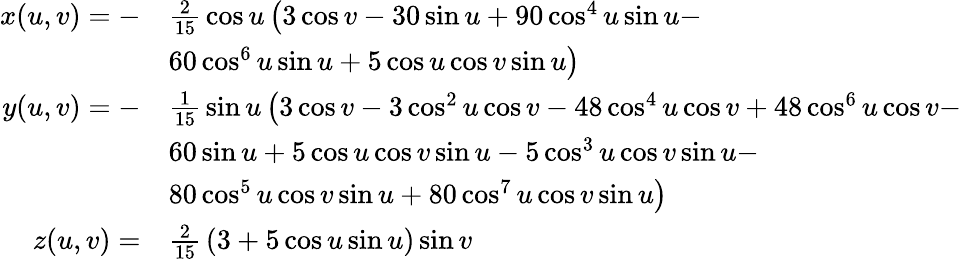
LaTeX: {\begin{array}{rl}{x(u,v)=-}&{{\frac{2}{15}}\cos u\left(3\cos{v}-30\sin{u}+90\cos^{4}{u}\sin{u}\right.-}\\ &{\left.60\cos^{6}{u}\sin{u}+5\cos{u}\cos{v}\sin{u}\right)}\\ {y(u,v)=-}&{{\frac{1}{15}}\sin u\left(3\cos{v}-3\cos^{2}{u}\cos{v}-48\cos^{4}{u}\cos{v}+48\cos^{6}{u}\cos{v}\right.-}\\ &{60\sin{u}+5\cos{u}\cos{v}\sin{u}-5\cos^{3}{u}\cos{v}\sin{u}-}\\ &{\left.80\cos^{5}{u}\cos{v}\sin{u}+80\cos^{7}{u}\cos{v}\sin{u}\right)}\\ {z(u,v)=}&{{\frac{2}{15}}\left(3+5\cos{u}\sin{u}\right)\sin{v}}\end{array}}